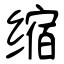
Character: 缩